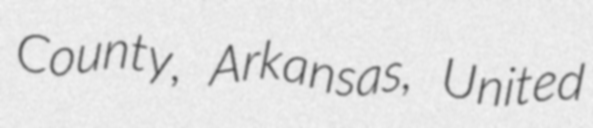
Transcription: County, Arkansas, United